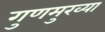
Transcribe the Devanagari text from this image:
गुणमुख्या